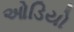
ઓડિયો